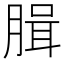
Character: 䐕